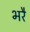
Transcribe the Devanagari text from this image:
भरै